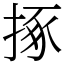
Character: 㧻